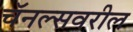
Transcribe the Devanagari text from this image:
चॅनल्सवरील